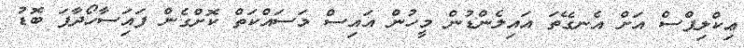
ޢިކްލިޕްސް އަށް އެނގޭތަ އައިލެންޑުން މީހުން އައިސް މަސަައްކަތް ކޮށްގެން ފައަިސާހޯދާފަ ބޮޑު